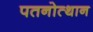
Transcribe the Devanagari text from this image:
पतनोत्थान